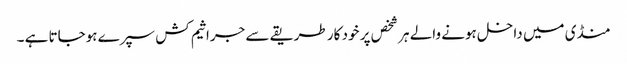
منڈی میں داخل ہونے والے ہر شخص پر خود کار طریقے سے جراثیم کش سپرے ہوجاتا ہے ۔